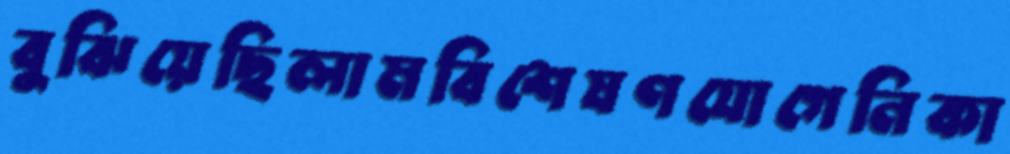
বুঝিয়েছিলামবিশেষণযোগেনিকা